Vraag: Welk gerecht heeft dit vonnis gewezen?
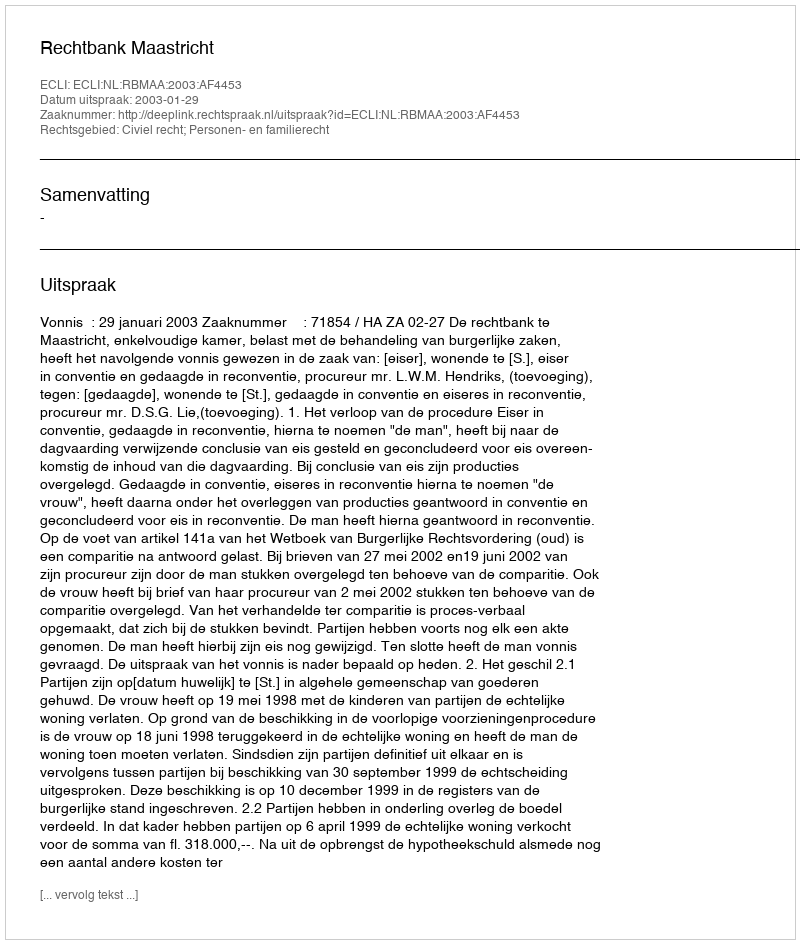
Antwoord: Rechtbank Maastricht